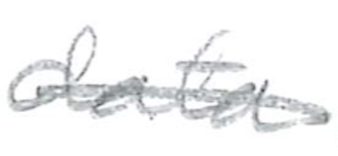
Text: data
Cross-out: single-line
Writing tool: pencil